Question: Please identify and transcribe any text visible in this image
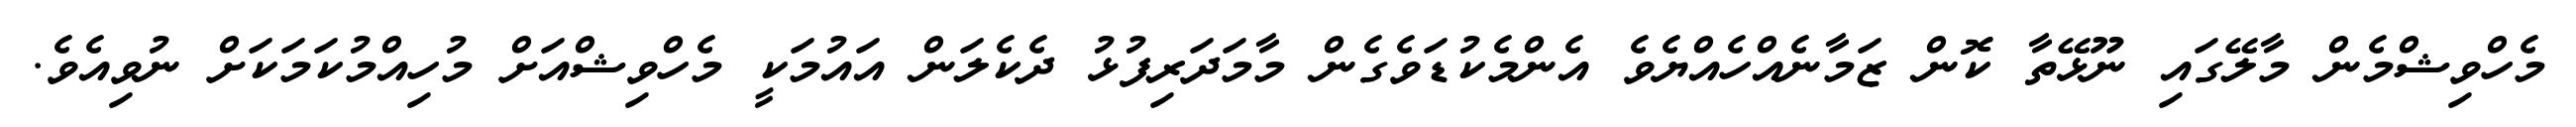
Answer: މެހްވިޝްމެން މާލޭގައި ނޫޅޭތާ ކޮން ޒަމާނެއްހެއްޔެވެ އެންމެކުޑަވެގެން މާމަދަރިފުޅު ދެކެލަން އައުމަކީ މެހްވިޝްއަށް މުހިއްމުކަމަކަށް ނުވިއެވެ.